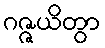
ဂဇ္ဇယိတွာ